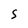
Character: S